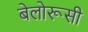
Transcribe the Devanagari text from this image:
बेलोरूसी